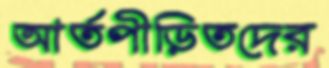
আর্তপীড়িতদের